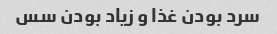
سرد بودن غذا و زیاد بودن سس